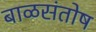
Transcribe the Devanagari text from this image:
बाळसंतोष